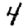
Digit: 4